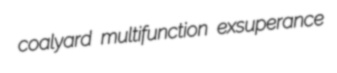
coalyard multifunction exsuperance